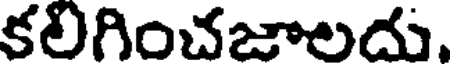
కలిగించజాలదు.